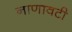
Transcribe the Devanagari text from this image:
नाणावटी